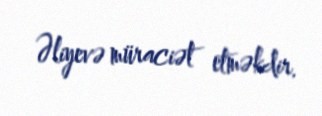
Əliyevə müraciət etməkdir.